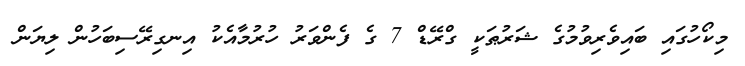
މިކޯހުގައި ބައިވެރިވުމުގެ ޝަރުޠަކީ ގްރޭޑް 7 ގެ ފެންވަރު ހުރުމާއެކު އިނގިރޭސިބަހުން ލިޔަން